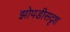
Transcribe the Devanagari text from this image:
झोपडीसदृश